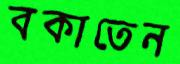
বকাতেন